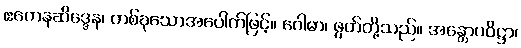
ဧကေနဆိဒ္ဒေန၊ တစ်ခုသောအပေါက်ဖြင့်။ ဂေါဓာ၊ ဖွတ်တို့သည်။ အန္တောပဝိဋ္ဌာ၊